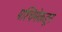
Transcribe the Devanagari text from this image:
पश्‍चिमेकडून